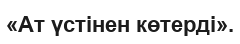
«Ат үстінен көтерді».